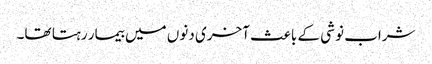
شراب نوشی کے باعث آخری دنوں میں بیمار رہتا تھا۔